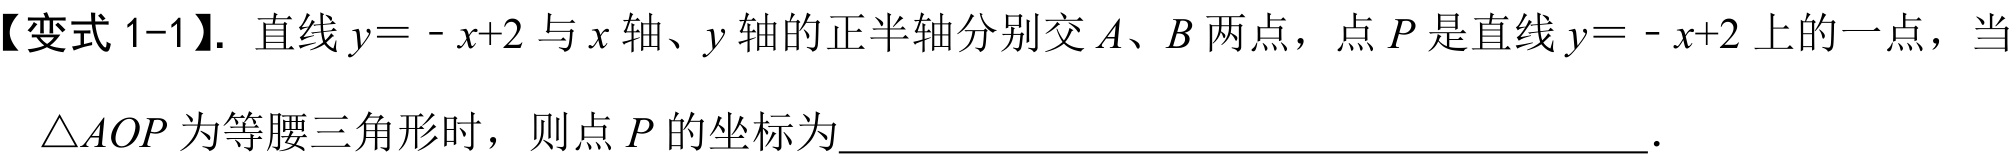
【变式1-1】. 直线\(y = -x + 2\)与\(x\)轴、\(y\)轴的正半轴分别交\(A\)、\(B\)两点，点\(P\)是直线\(y = -x + 2\)上的一点，当\(\triangle AOP\)为等腰三角形时，则点\(P\)的坐标为____________________________________________________.